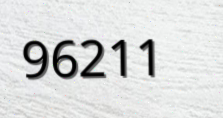
96211